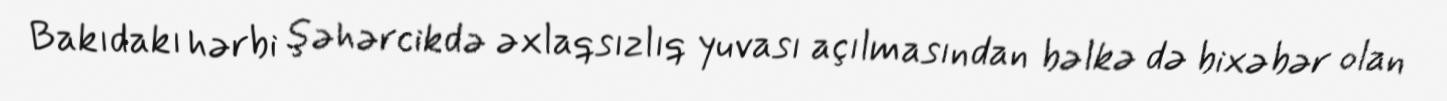
Bakıdakı hərbi şəhərcikdə əxlaqsızlıq yuvası açılmasından bəlkə də bixəbər olan